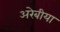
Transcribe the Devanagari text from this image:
अरेबीया